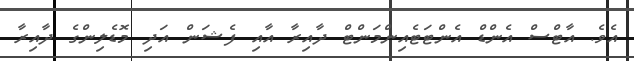
އެވެ. އާޓްސް އެންޑް އެންޓަޓެއިންމަންޓް ދާއިރާ އާއި ފެޝަން އަދި މޮޑެލިންގެ ދާއިރާ